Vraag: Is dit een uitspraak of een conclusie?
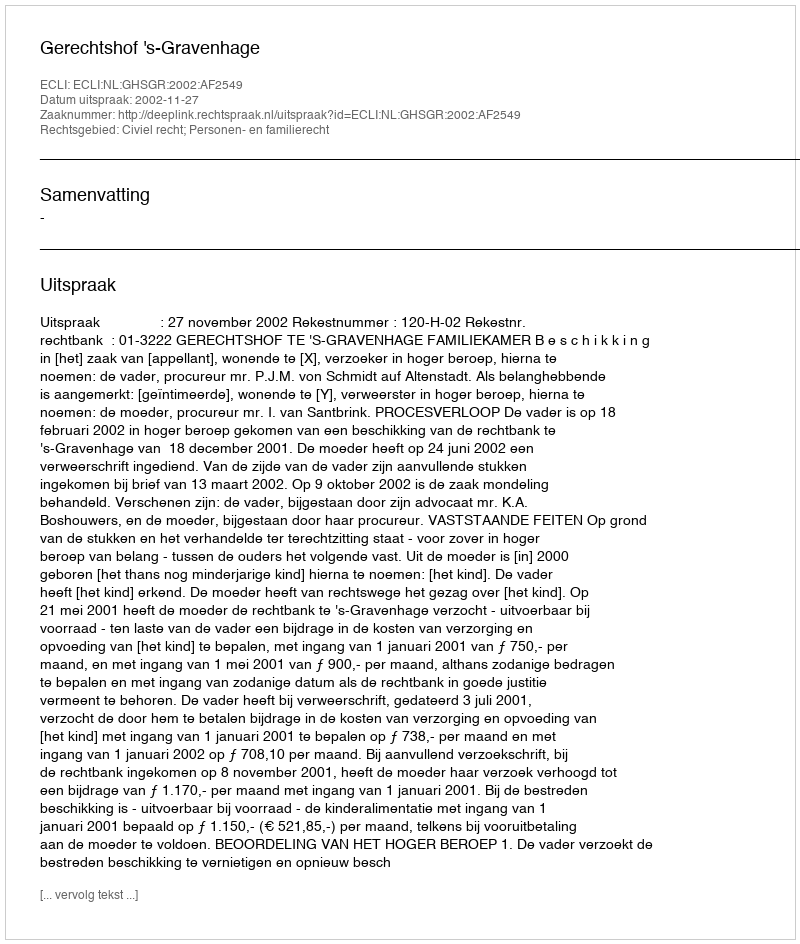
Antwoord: Uitspraak